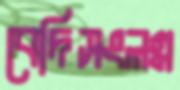
বেদিসংলগ্ন